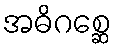
အဓိဂစ္ဆေ